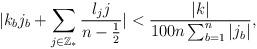
LaTeX: \begin{align*}|k_bj_b+\sum_{j\in\mathbb{Z}_*}\frac{l_jj}{n-\frac12}|< \frac{|k|}{100n\sum_{b=1}^n|j_b|},\end{align*}